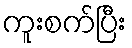
ကူးစက်ပြီး